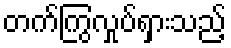
တက်ကြွလှုပ်ရှားသည့်